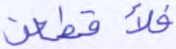
فلأقطعن